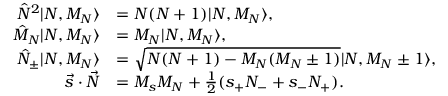
\begin{array} { r l } { \hat { N } ^ { 2 } | N , M _ { N } \rangle } & { = N ( N + 1 ) | N , M _ { N } \rangle , } \\ { \hat { M } _ { N } | N , M _ { N } \rangle } & { = M _ { N } | N , M _ { N } \rangle , } \\ { \hat { N } _ { \pm } | N , M _ { N } \rangle } & { = \sqrt { N ( N + 1 ) - M _ { N } ( M _ { N } \pm 1 ) } | N , M _ { N } \pm 1 \rangle , } \\ { \vec { s } \cdot \vec { N } } & { = M _ { s } M _ { N } + \frac { 1 } { 2 } ( s _ { + } N _ { - } + s _ { - } N _ { + } ) . } \end{array}